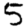
Digit: 5